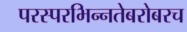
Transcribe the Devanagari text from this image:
परस्‍परभिन्‍नतेबरोबरच